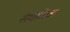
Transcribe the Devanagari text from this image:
संगतिक